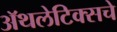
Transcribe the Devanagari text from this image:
अॅथलेटिक्सचे